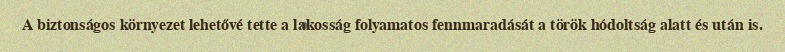
A biztonságos környezet lehetővé tette a lakosság folyamatos fennmaradását a török hódoltság alatt és után is.